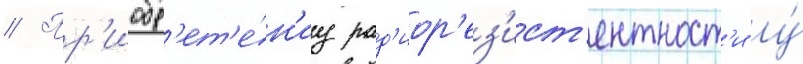
// Пр'иобр'ет'е́н'иу рад'иор'ез'ист'ентност'и у́